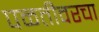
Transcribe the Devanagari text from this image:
पळतीवरचा